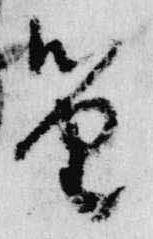
笛